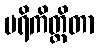
ပရိကိတ္တိတာ